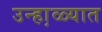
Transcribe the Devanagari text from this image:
उन्हा़ळ्यात